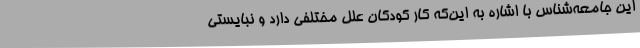
این جامعه‌شناس با اشاره به این‌که کار کودکان علل مختلفی دارد و نبایستی